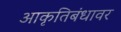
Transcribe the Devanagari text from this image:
आकृतिबंधावर